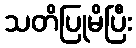
သတိပြုမိပြီး